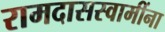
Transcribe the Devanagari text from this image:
रामदासस्वामींना